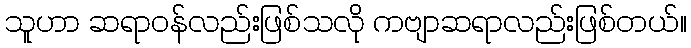
သူဟာ ဆရာဝန်လည်းဖြစ်သလို ကဗျာဆရာလည်းဖြစ်တယ်။